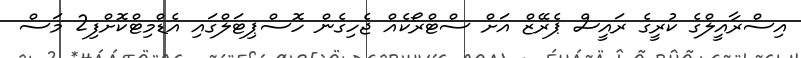
އިސްރާއީލްގެ ކުރީގެ ރައީސް ޕެރޭޒް އަށް ސްޓްރޯކެއް ޖެހިގެން ހޮސްޕިޓަލްގައި އެޑްމިޓްކޮށްފި2 މަސް